Indian journal of veterinary science and animal husbandry - Volumes 28-29, 1958-1959
Year: 1958
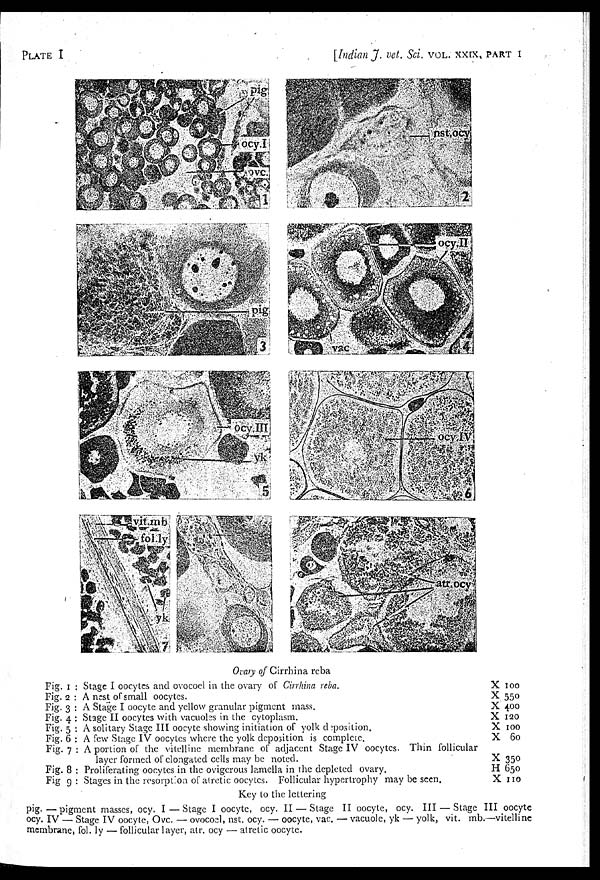
PLATE I
[Indian J. vet. Sci. VOL. XXIX, PART I
Fig. 1 :
Fig. 2 :
Fig. 3 :
Fig. 4 :
Fig. 5 :
Fig. 6 :
Fig. 7 :
Fig. 8 :
Fig. 9 :
Ovary of Cirrhina reba
Stage I oocytes and ovococl in the ovary of Cirrhina reba.
A nest of small oocytes.
A Stage I oocyte and yellow granular pigment mass.
Stage II oocytes with vacuoles in the cytoplasm.
A solitary Stage III oocyte showing initiation of yolk deposition.
A few Stage IV oocytes where the yolk deposition is complete.
A portion of the vitelline membrane of adjacent Stage IV oocytes. Thin follicular
layer formed of elongated cells may be noted.
Proliferating oocytes in the ovigerous lamella in the depleted ovary.
Stages in the resorption of atretic oocytes. Follicular hypertrophy may be seen.
X 100
X 550
X 400
X 120
X 100
X 60
X 350
H 650
X 110
Key to the lettering
pig.—pigment masses, ocy. I — Stage I oocyte, ocy. II — Stage II oocyte, ocy. III — Stage III oocyte
ocy. IV — Stage IV oocyte. Ovc. — ovocoel, nst. ocy. — oocyte, vac. — vacuole, yk — yolk, vit. mb.—vitelline
membrane, fol. ly — follicular layer, atr. ocy — atretic oocyte.